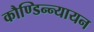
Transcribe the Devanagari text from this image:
कौण्डिन्न्यायन